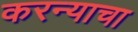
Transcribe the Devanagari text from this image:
करन्याचा